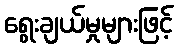
ရွေးချယ်မှုများဖြင့်